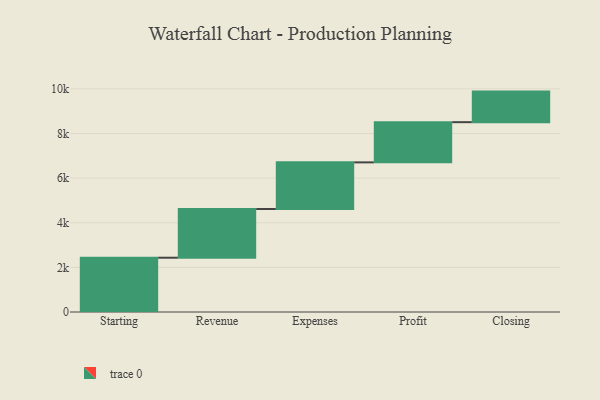
{"axis": {"x": "Step", "y": "Value"}, "legend": [""], "data": [{"x": "Starting", "y": 2433.0, "type": ""}, {"x": "Revenue", "y": 2183.0, "type": ""}, {"x": "Expenses", "y": 2090.0, "type": ""}, {"x": "Profit", "y": 1802.0, "type": ""}, {"x": "Closing", "y": 1370.0, "type": ""}]}